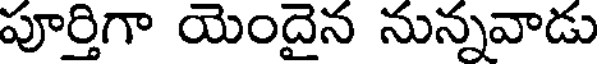
పూర్తిగా యెందైన నున్నవాడు